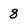
Character: 8